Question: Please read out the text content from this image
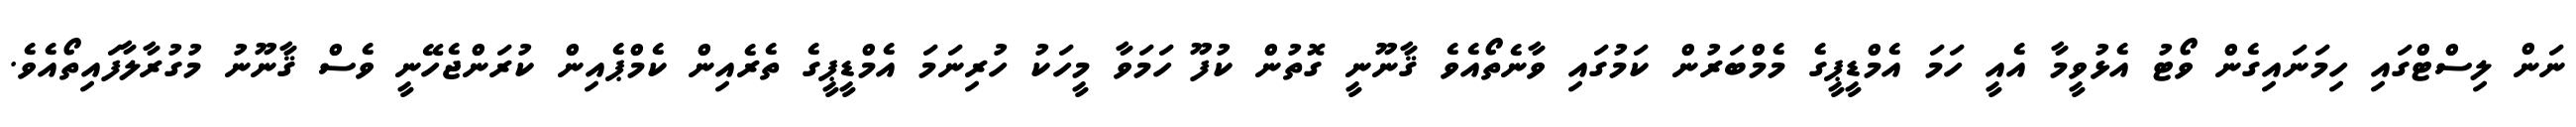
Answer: ނަން ލިސްޓްގައި ހިމަނައިގެން ވޯޓު އެޅުވީމާ އެއީ ހަމަ އެމްޑީޕީގެ މެމްބަރުން ކަމުގައި ވާނެތޯއެވެ ޤާނޫނީ ގޮތުން ކުފޫ ހަމަވާ މީހަކު ހުރިނަމަ އެމްޑީޕީގެ ތެރެއިން ކެމްޕެއިން ކުރަންޖެހޭނީ ވެސް ޤާނޫނު މުގުރާލާފައިތޯއެވެ.